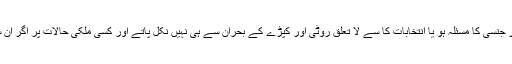
اس طبقے کے لوگ ملک کے اندر کوئی بھی بحران چل رہا ہو، یعنی ایمر جنسی کا مسئلہ ہو یا انتخابات کا سے لا تعلق روٹی اور کپڑے کے بحران سے ہی نہیں نکل پاتے اور کسی ملکی حالات پر اگر ان سے بات کی جائے تو یہی پوچھتے ہیں کیا آٹے کا بحران ختم ہو گیا ہے؟